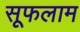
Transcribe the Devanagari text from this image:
सूफलाम